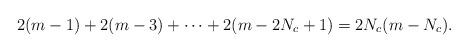
LaTeX: \begin{align*}2 (m - 1) + 2 (m - 3) + \cdots + 2 (m - 2 N_c + 1) = 2 N_c (m - N_c).\end{align*}